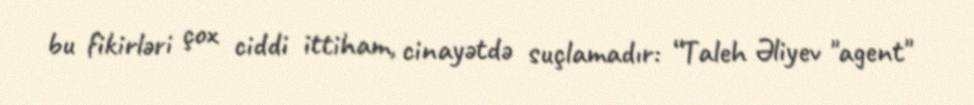
bu fikirləri çox ciddi ittiham, cinayətdə suçlamadır: “Taleh Əliyev "agent"